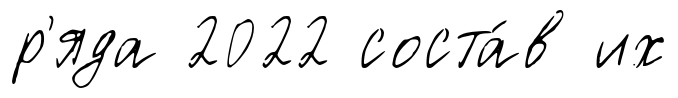
р'яда 2022 соста́в их